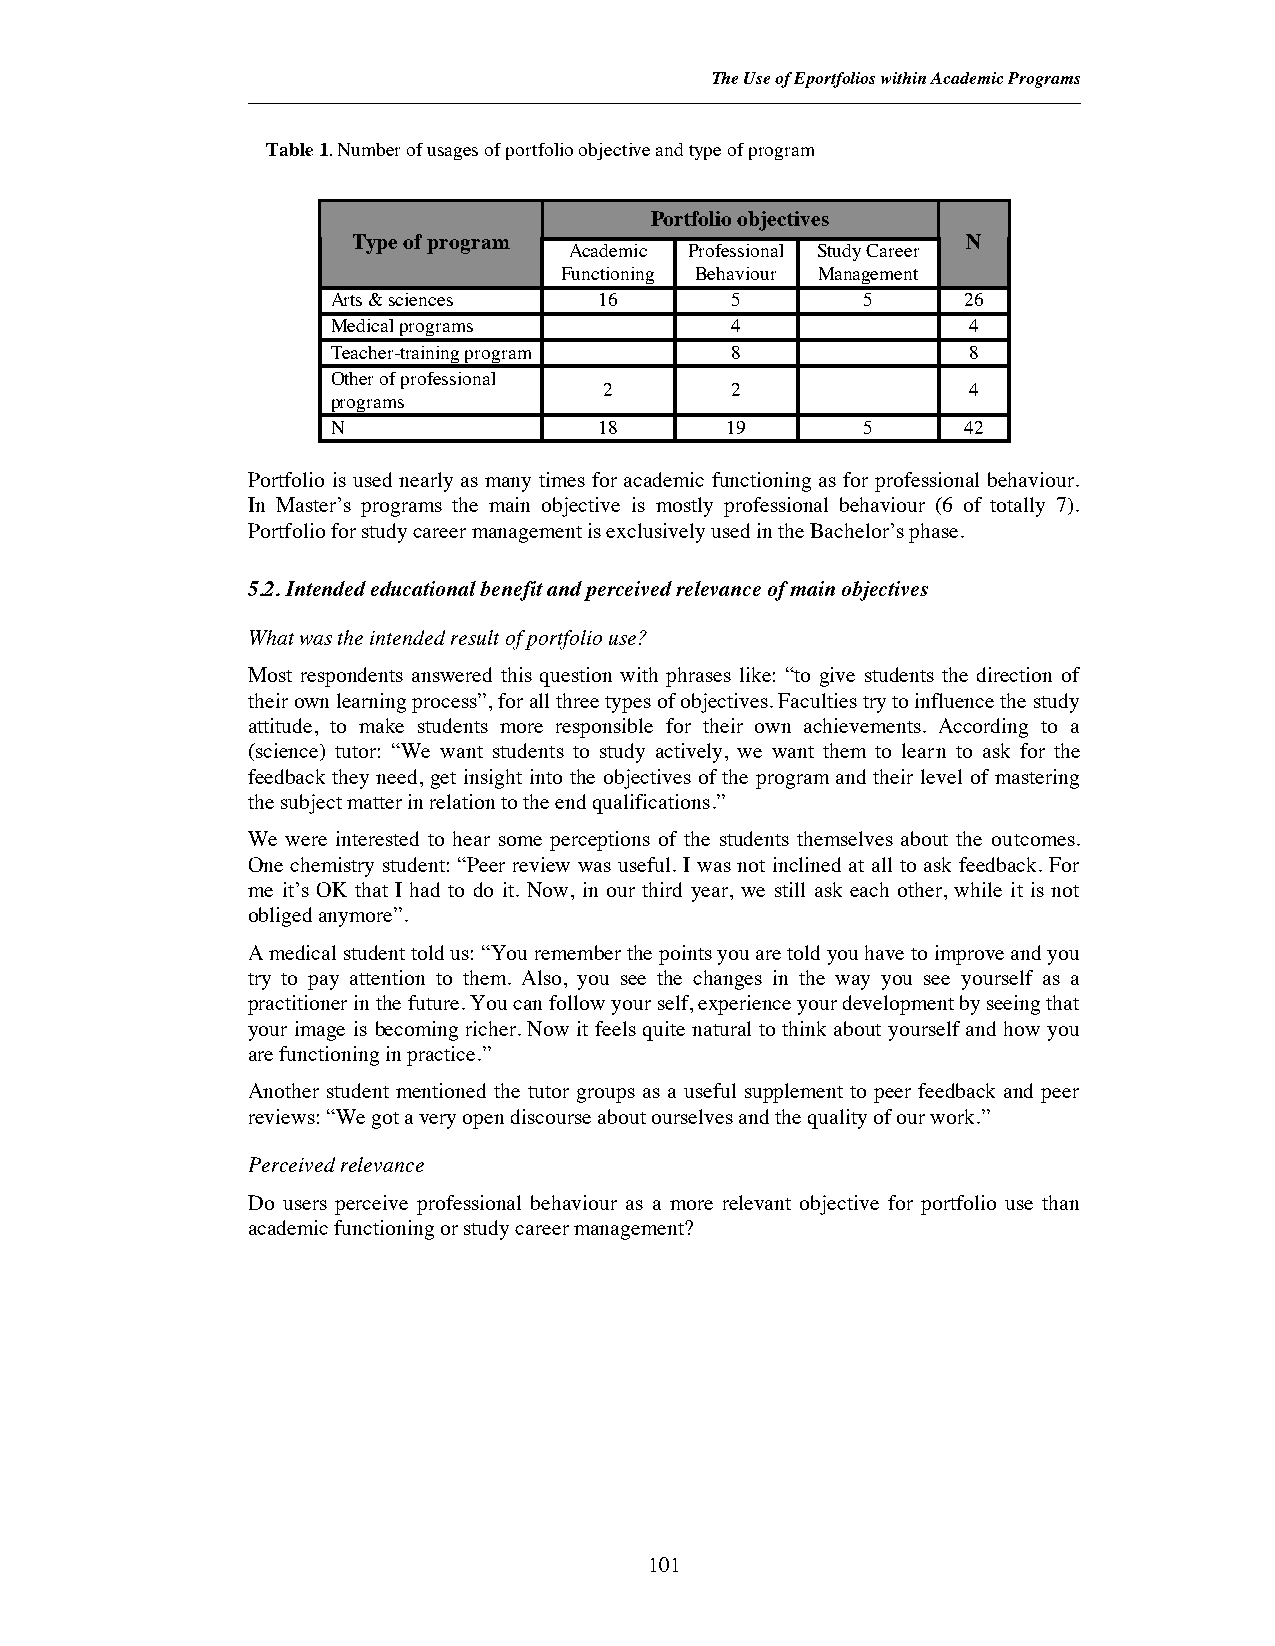
The Use of Eportfolios within Academic Programs
 Table 1. Number of usages of portfolio objective and type of program
 Portfolio objectives
 Type of program                          N
 Academic Professional Study Career
 Functioning Behaviour Management
 Arts & sciences   16      5        5      26
 Medical programs          4               4
 Teacher-training program  8               8
 Other of professional
 2       2               4
 programs
 N                 18      19       5      42
 Portfolio is used nearly as many times for academic functioning as for professional behaviour.
 In Master’s programs the main objective is mostly professional behaviour (6 of totally 7).
 Portfolio for study career management is exclusively used in the Bachelor’s phase.
 5.2. Intended educational benefit and perceived relevance of main objectives
 What was the intended result of portfolio use?
 Most respondents answered this question with phrases like: “to give students the direction of
 theirown learning process”, for all three types of objectives. Faculties try to influence the study
 attitude, to make students more responsible for their own achievements. According to a
 (science) tutor: “We want students to study actively, we want them to learn to ask for the
 feedback they need, get insight into the objectives of the program and their level of mastering
 the subject matter in relation to the end qualifications.”
 We were interested to hear some perceptions of the students themselves about the outcomes.
 One chemistry student: “Peer review was useful. I was not inclined at all to ask feedback. For
 me it’s OK that I had to do it. Now, in our third year, we still ask each other, while it is not
 obliged anymore”.
 A medical student told us: “You remember the points you are told you have to improve and you
 try to pay attention to them. Also, you see the changes in the way you see yourself as a
 practitioner in the future. You can follow your self, experience your development by seeing that
 your image is becoming richer. Now it feels quite natural to think about yourself and how you
 are functioning in practice.”
 Another student mentioned the tutor groups as a useful supplement to peer feedback and peer
 reviews: “We got a very open discourse about ourselves and the quality of our work.”
 Perceived relevance
 Do users perceive professional behaviour as a more relevant objective for portfolio use than
 academic functioning or study career management?
 101